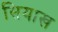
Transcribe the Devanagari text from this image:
सियाख